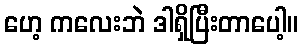
ဟေ့ ကလေးဘဲ ဒါရှိပြီးတာပေါ့။